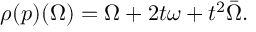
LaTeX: \rho ( p ) ( \Omega ) = \Omega + 2 t \omega + t ^ { 2 } \bar { \Omega } .